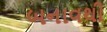
બનાવથી